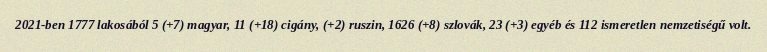
2021-ben 1777 lakosából 5 (+7) magyar, 11 (+18) cigány, (+2) ruszin, 1626 (+8) szlovák, 23 (+3) egyéb és 112 ismeretlen nemzetiségű volt.